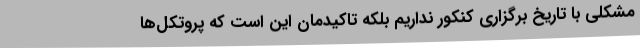
مشکلی با تاریخ برگزاری کنکور نداریم بلکه تاکیدمان این است که پروتکل‌ها